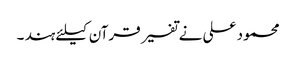
محمود علی نے تفسیر قرآن کیلئے ہند ۔